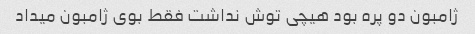
ژامبون دو پره بود هیچی توش نداشت فقط بوی ژامبون میداد